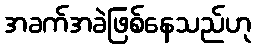
အခက်အခဲဖြစ်နေသည်ဟု